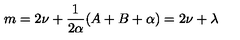
m = 2 \nu + \frac { 1 } { 2 \alpha } ( A + B + \alpha ) = 2 \nu + \lambda